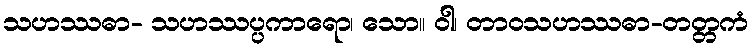
သဟဿဓာ- သဟဿပ္ပကာရော၊ သော။ ဝါ၊ တာဝသဟဿဓာ-တတ္တကံ